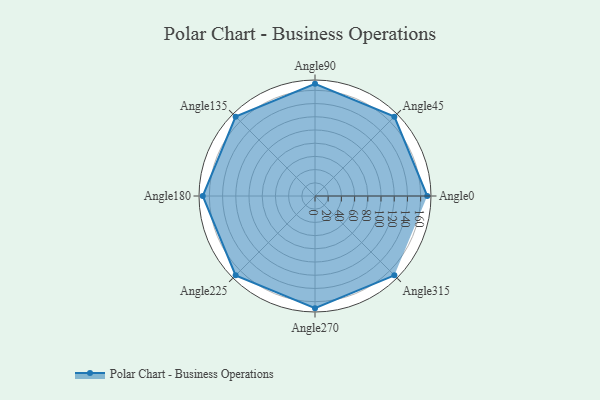
{"axis": {"x": "Angle", "y": "Radius"}, "legend": [""], "data": [{"x": "Angle0", "y": 170, "type": ""}, {"x": "Angle45", "y": 170.0, "type": ""}, {"x": "Angle90", "y": 170, "type": ""}, {"x": "Angle135", "y": 170, "type": ""}, {"x": "Angle180", "y": 170, "type": ""}, {"x": "Angle225", "y": 170, "type": ""}, {"x": "Angle270", "y": 170, "type": ""}, {"x": "Angle315", "y": 170.0, "type": ""}]}